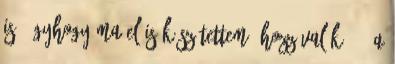
is, úgyhogy ma el is készítettem. Hozzávalók: 1. a